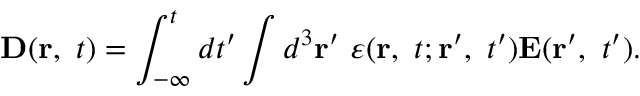
\mathbf { D } ( \mathbf { r } , \ t ) = \int _ { - \infty } ^ { t } d t ^ { \prime } \int d ^ { 3 } \mathbf { r } ^ { \prime } \ \varepsilon ( \mathbf { r } , \ t ; \mathbf { r } ^ { \prime } , \ t ^ { \prime } ) \mathbf { E } ( \mathbf { r } ^ { \prime } , \ t ^ { \prime } ) .